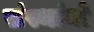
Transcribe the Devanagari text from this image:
संस्थांनो